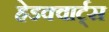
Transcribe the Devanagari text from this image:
हेडक्वार्ट्स